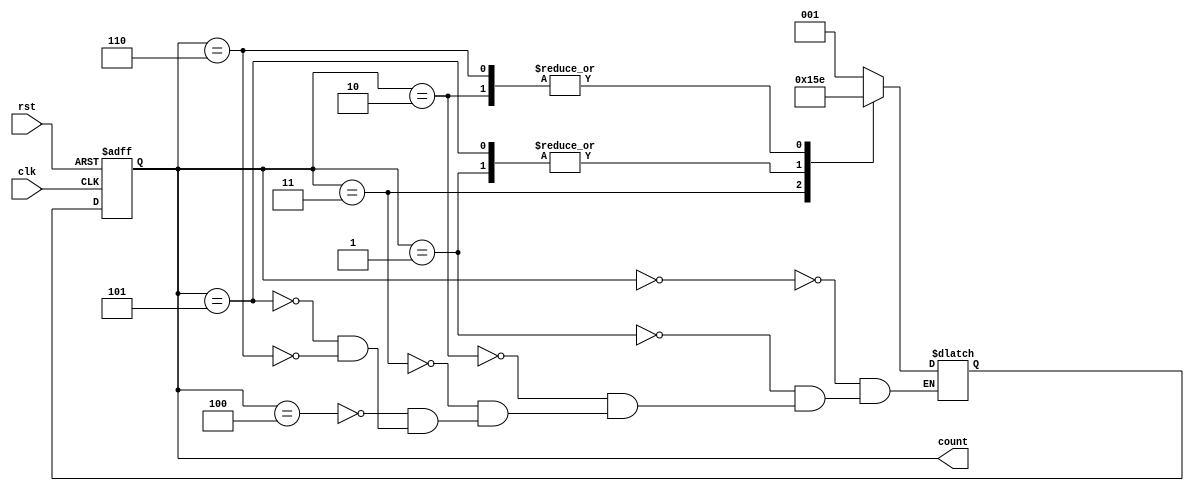
module johnson_counter_divider(

    input wire clk,
    input wire rst,
    
    output reg [2:0] count
    
);

reg [2:0] next_count;
reg [2:0] current_count;

always @ (posedge clk or posedge rst) begin
    if (rst) begin
        current_count <= 3'b000;
    end else begin
        current_count <= next_count;
    end
end

always @ * begin
    case (current_count)
        3'b000: next_count = 3'b001;
        3'b001: next_count = 3'b011;
        3'b010: next_count = 3'b110;
        3'b011: next_count = 3'b101;
        3'b100: next_count = 3'b001;
        3'b101: next_count = 3'b011;
        3'b110: next_count = 3'b110;
    endcase
end

assign count = current_count;

endmodule